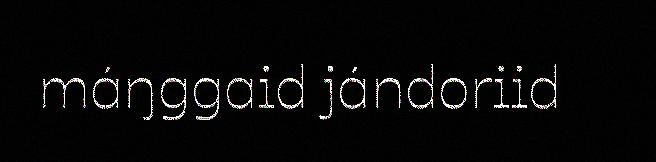
máŋggaid jándoriid